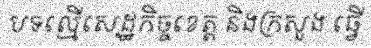
បទល្មើសេដ្ឋកិច្ចខេត្ត និងក្រសួង ធ្វើ